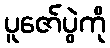
ပူဇော်ပွဲကို